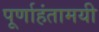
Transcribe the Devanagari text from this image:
पूर्णाहंतामयी